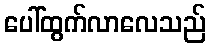
ပေါ်ထွက်လာလေသည်